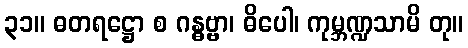
၃၁။ ဓတရဋ္ဌော စ ဂန္ဓဗ္ဗာ၊ ဓိပေါ၊ ကုမ္ဘဏ္ဍသာမိ တု။